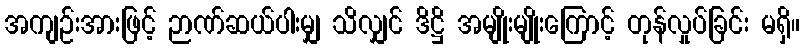
အကျဉ်းအားဖြင့် ဉာဏ်ဆယ်ပါးမျှ သိလျှင် ဒိဋ္ဌိ အမျိုးမျိုးကြောင့် တုန်လှုပ်ခြင်း မရှိ။